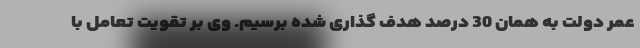
عمر دولت به همان 30 درصد هدف گذاری شده برسیم. وی بر تقویت تعامل با